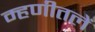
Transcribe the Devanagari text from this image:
म्हणीतलें